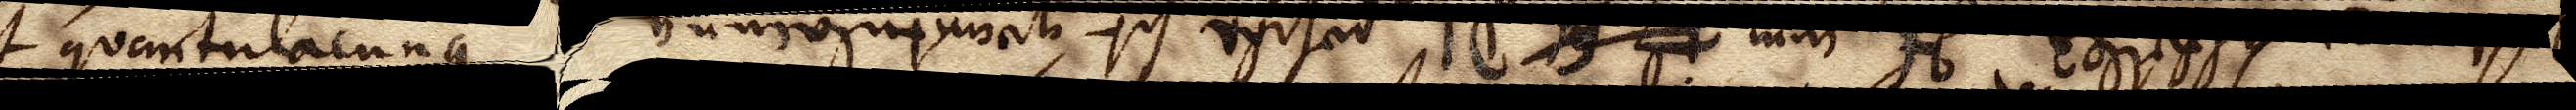
ratione attollet H, cum I, et DI posita sit quantulacunque.